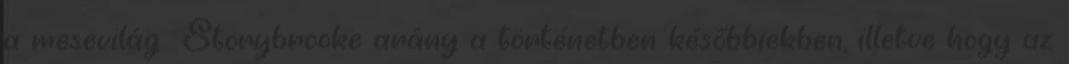
a mesevilág Storybrooke arány a történetben későbbiekben, illetve hogy az